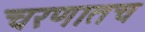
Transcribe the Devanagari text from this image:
चरणातच